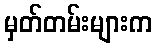
မှတ်တမ်းများက